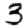
Digit: 3